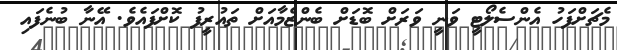
މެޗަށްފަހު އެންސެލޯޓީ ވަނީ ވަރަށް ބޮޑަށް ބެންޒެމާއަށް ތައުރީފު ކޮށްފައެވެ. އޭނާ ބުނެފައި